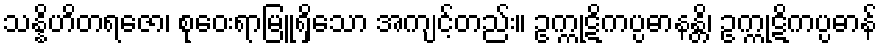
သန္နိဟိတရဇော၊ စုဝေးရာမြူရှိသော အကျင့်တည်း။ ဥက္ကုဋိကပ္ပဓာနန္တိ၊ ဥက္ကုဋိကပ္ပဓာန်